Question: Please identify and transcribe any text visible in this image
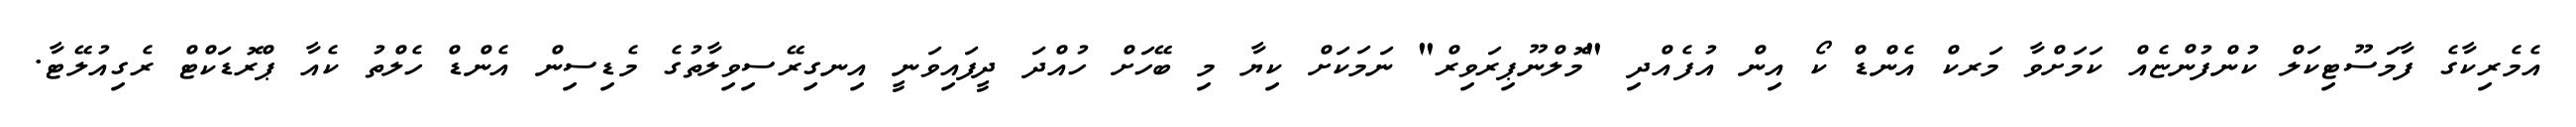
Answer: އެމެރިކާގެ ފާމަސޫޓިކަލް ކުންފުންޏެއް ކަމަށްވާ މަރކް އެންޑް ކޯ އިން އުފެއްދި "މޮލްނޫޕިރަވިރް" ނަމަކަށް ކިޔާ މި ބޭހަށް ހުއްދަ ދީފައިވަނީ އިނގިރޭސިވިލާތުގެ މެޑިސިން އެންޑް ހެލްތު ކެއާ ޕްރޮޑަކްޓް ރެގިއުލޭޓާ.